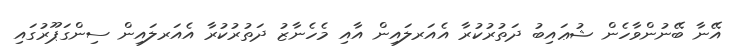
އޭނާ ބޭނުންވާހެން ޝުޢައިބު ދަތުރުކުރާ އެއަރލައިން އާއި މެހެނާޒު ދަތުރުކުރާ އެއަރލައިން ސިންގަޕޫރުގައި